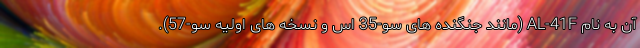
آن به نام AL-41F (مانند جنگنده های سو-35 اس و نسخه های اولیه سو-57).